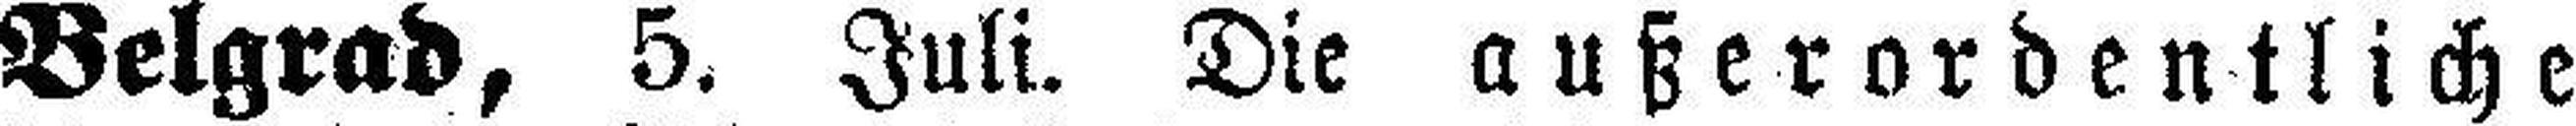
Belgrad, 5. Juli. Die außerordentliche